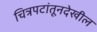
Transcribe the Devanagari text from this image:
चित्रपटांतूनदेखील